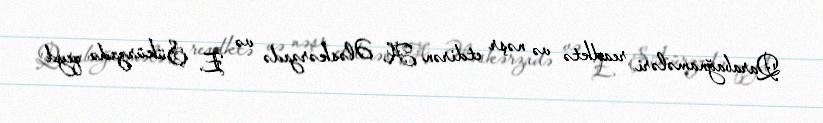
Qarabağnamələri readktə və nəşr etdirən A. Ələskərzadə və E. Şükürzadə qeyd